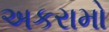
અકરામો